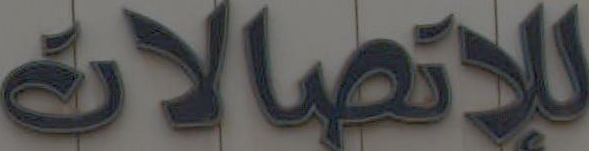
للإتصالات